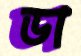
ডা